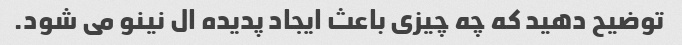
توضیح دهید که چه چیزی باعث ایجاد پدیده ال نینو می شود.